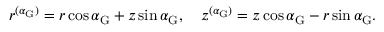
r ^ { ( \alpha _ { \mathrm { G } } ) } = r \cos \alpha _ { \mathrm { G } } + z \sin \alpha _ { \mathrm { G } } , \quad z ^ { ( \alpha _ { \mathrm { G } } ) } = z \cos \alpha _ { \mathrm { G } } - r \sin \alpha _ { \mathrm { G } } .